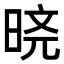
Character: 𬀸